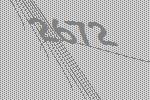
2672